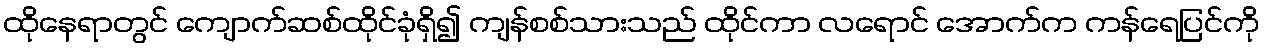
ထိုနေရာတွင် ကျောက်ဆစ်ထိုင်ခုံရှိ၍ ကျန်စစ်သားသည် ထိုင်ကာ လရောင် အောက်က ကန်ရေပြင်ကို